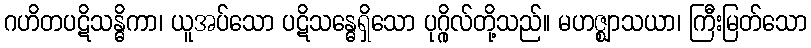
ဂဟိတပဋိသန္ဓိကာ၊ ယူအပ်သော ပဋိသန္ဓေရှိသော ပုဂ္ဂိုလ်တို့သည်။ မဟဇ္ဈာသယာ၊ ကြီးမြတ်သော